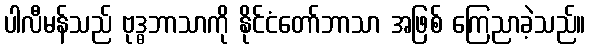
ပါလီမန်သည် ဗုဒ္ဓဘာသာကို နိုင်ငံတော်ဘာသာ အဖြစ် ကြေညာခဲ့သည်။